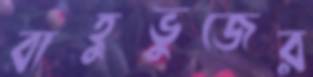
বাহুভুজের